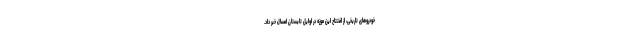
خودروهای تاریخی، از افتتاح این موزه در اوایل تابستان امسال خبر داد.